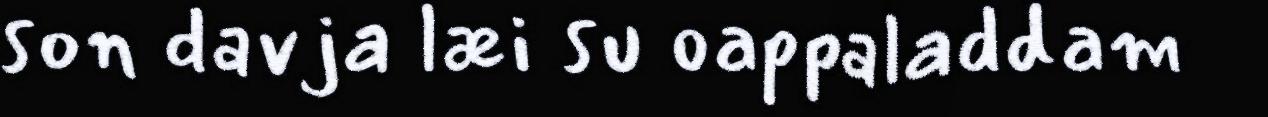
son davja læi su oappaladdam